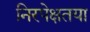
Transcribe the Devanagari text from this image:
निरपेक्षतया